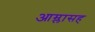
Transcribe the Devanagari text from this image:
आम्लासह